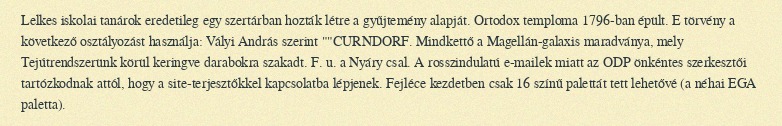
Lelkes iskolai tanárok eredetileg egy szertárban hozták létre a gyűjtemény alapját. Ortodox temploma 1796-ban épült. E törvény a következő osztályozást használja: Vályi András szerint ""CURNDORF. Mindkettő a Magellán-galaxis maradványa, mely Tejútrendszerünk körül keringve darabokra szakadt. F. u. a Nyáry csal. A rosszindulatú e-mailek miatt az ODP önkéntes szerkesztői tartózkodnak attól, hogy a site-terjesztőkkel kapcsolatba lépjenek. Fejléce kezdetben csak 16 színű palettát tett lehetővé (a néhai EGA paletta).